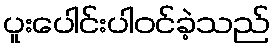
ပူးပေါင်းပါဝင်ခဲ့သည်